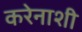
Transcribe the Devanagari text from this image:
करेनाशी